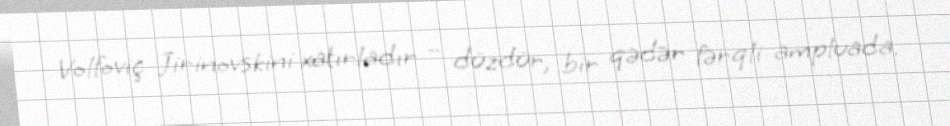
Volfoviç Jirinovskini xatırladır – düzdür, bir qədər fərqli ampluada.